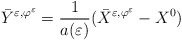
\begin{align*}\bar{Y}^{\varepsilon ,\varphi ^{\varepsilon }}=\frac{1}{a(\varepsilon )}(\bar{X}^{\varepsilon ,\varphi ^{\varepsilon }}-X^{0}) \end{align*}